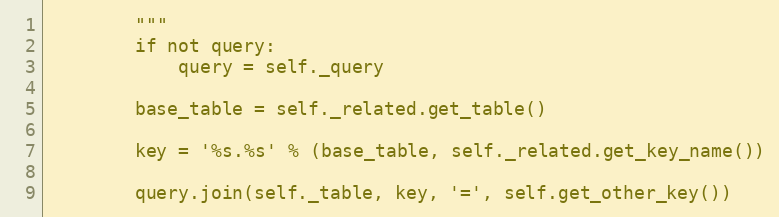
Language: Python
        """
        if not query:
            query = self._query

        base_table = self._related.get_table()

        key = '%s.%s' % (base_table, self._related.get_key_name())

        query.join(self._table, key, '=', self.get_other_key())